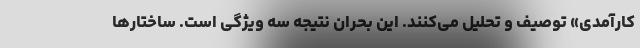
کارآمدی» توصیف و تحلیل می‌کنند. این بحران نتیجه سه ویژگی است. ساختارها